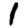
Digit: 1